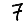
Digit: 7